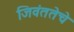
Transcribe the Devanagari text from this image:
जिवंततेचे